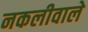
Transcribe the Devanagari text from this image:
नकलीवाले